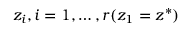
z _ { i } , i = 1 , \dots , r ( z _ { 1 } = z ^ { * } )